Lunatic asylums in Bengal annual reports 1912-1924 - 1912-1924
Year: 1912
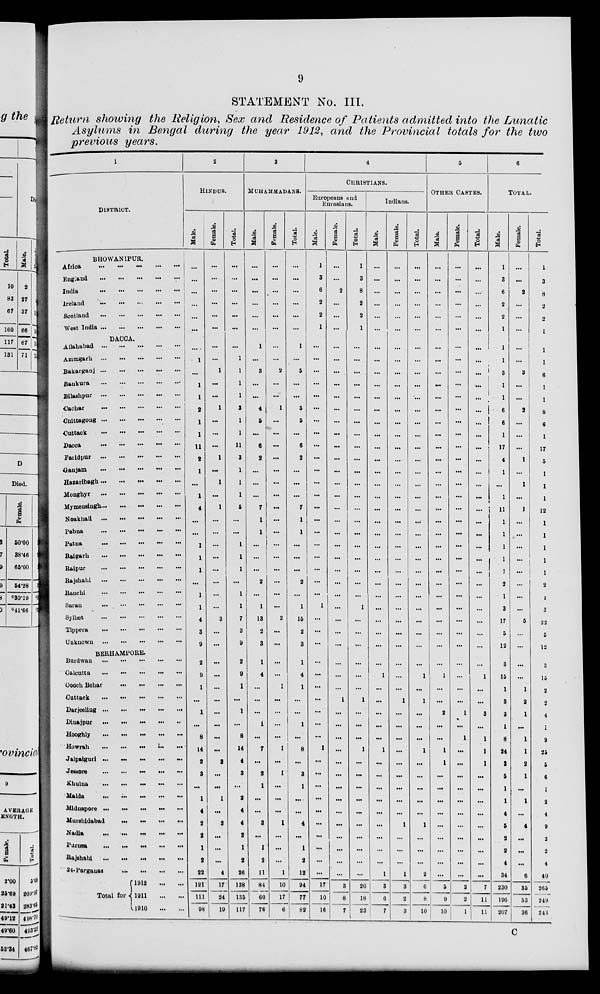
9
STATEMENT No. III.
Return showing the Religion, Sex and Residence of Patients admitted into the Lunatic
Asylums in Bengal during the year 1912, and the Provincial totals for the two
previous years.
1
DISTRICT.
BHOWANIPUR.
Africa
...
...
...
...
...
England
...
...
...
...
...
India
...
...
...
...
...
Ireland
...
...
...
...
...
Scotland
...
...
...
...
...
West India
...
...
...
...
...
DACCA.
Allahabad
...
...
...
...
...
Azimgarh
...
...
...
...
...
Bakarganj
...
...
...
...
...
Bankura
...
...
...
...
...
Bilashpur
...
...
...
...
...
Cachar ... ... ... ... ...
Cnittagong
...
...
...
...
...
Cuttack
...
...
...
...
...
Dacca
...
...
...
...
...
Faridpur
...
...
...
...
...
Gaujam
...
...
...
...
...
Hazaribagh ... ... ... ... ...
Monghyr
...
...
...
...
...
Mymensingh
...
...
...
...
...
Noakhali
...
...
...
...
...
Pabna
...
...
...
...
...
Patna
...
...
...
...
...
Raigarh
...
...
...
...
...
Raipur
...
...
...
...
...
Rajshahi
...
...
...
...
...
Ranchi
...
...
...
...
...
Saran
...
...
...
...
...
Sylhet
...
...
...
...
...
Tippera
...
...
...
...
...
Unknown
...
...
...
...
...
BERHAMPORE.
Burdwan
...
...
...
...
...
Calcutta
...
...
...
...
...
Cooch Behar
...
...
...
...
...
Cuttack
...
...
...
...
...
Darjeeling
...
...
...
...
...
Dinajpur
...
...
...
...
...
Hooghly
...
...
...
...
...
Howrah ... ... ... ... ...
Jalpaiguri
...
...
...
...
...
Jessore
...
...
...
...
...
Khulna
...
...
...
...
...
Malda
...
...
...
...
...
Midnapore
...
...
...
...
...
Murahidabad
...
...
...
...
...
Nadia
...
...
...
...
...
Purnea
...
...
...
...
...
Rajahahi
...
...
...
...
...
24-Pargauas
...
...
...
...
...
Total for
1912
1911
1910
2
HINDUS.
Male.
...
...
...
...
...
...
...
1
...
1
1
3
1
1
11
2
1
...
1
4
...
...
1
1
1
...
1
1
4
3
9
2
9
1
...
1
...
8
14
2
3
...
1
4
2
2
1
2
22
121
111
98
Female.
...
...
...
...
...
...
...
...
1
...
...
1
...
...
...
1
...
1
...
1
...
...
...
...
...
...
...
...
3
...
...
...
...
...
...
...
...
...
...
2
...
...
1
...
2
...
...
...
4
17
24
19
Total.
...
...
...
...
...
...
...
1
1
1
1
3
1
1
11
3
1
1
1
5
...
...
1
1
1
...
1
1
7
3
9
2
9
1
...
1
...
8
14
4
3
...
2
4
4
2
1
2
26
138
135
117
3
MUHAMMADANS.
Male.
...
...
...
...
...
...
1
...
3
...
...
4
5
...
6
2
...
...
...
7
1
1
...
...
...
2
...
1
13
2
3
1
4
...
...
...
1
...
7
...
2
1
...
...
3
...
1
2
11
84
60
76
Female.
...
...
...
...
...
...
...
...
2
...
...
1
...
...
...
...
...
...
...
...
...
...
...
...
...
...
...
...
2
...
...
...
...
1
...
...
...
...
1
...
1
...
...
...
1
...
...
...
1
10
17
6
Total.
...
...
...
...
...
...
1
...
5
...
...
5
5
...
6
2
...
...
...
7
1
1
...
...
...
2
...
1
15
2
3
1
4
1
...
...
1
...
8
...
3
1
...
...
4
...
1
2
12
94
77
82
4
CHRISTIANS.
Europeans find
Eurasians.
Male.
1
3
6
2
2
1
...
...
...
...
...
...
...
...
...
...
...
...
...
...
...
...
...
...
...
...
...
1
...
...
...
...
...
...
...
...
...
...
1
...
...
...
...
...
...
...
...
...
...
17
10
16
Female.
...
...
2
...
...
...
...
...
...
...
...
...
...
...
...
...
...
...
...
...
...
...
...
...
...
...
...
...
...
...
...
...
...
...
1
...
...
...
...
...
...
...
...
...
...
...
...
...
...
3
8
7
Total.
1
3
8
2
2
1
...
...
...
...
...
...
...
...
...
...
...
...
...
...
...
...
...
...
...
...
...
1
...
...
...
...
...
...
1
...
...
...
1
...
...
...
...
...
...
...
...
...
...
20
18
33
Indians.
Male.
...
...
...
...
...
...
...
...
...
...
...
...
...
...
...
...
...
...
...
...
...
...
...
...
...
...
...
...
...
...
...
...
1
...
...
...
...
...
1
...
...
...
...
...
...
...
...
...
1
3
6
7
Female.
...
...
...
...
...
...
...
...
...
...
...
...
...
...
...
...
...
...
...
...
...
...
...
...
...
...
...
...
...
...
...
...
...
...
1
...
...
...
...
...
...
...
...
...
1
...
...
...
1
3
2
3
Total.
...
...
...
...
...
...
...
...
...
...
...
...
...
...
...
...
...
...
...
...
...
...
...
...
...
...
...
...
...
...
...
...
1
...
1
...
...
...
1
...
...
...
...
...
1
...
...
...
2
6
8
10
5
OTHER CASTES.
Male.
...
...
...
...
...
...
...
...
...
...
...
...
...
...
...
...
...
...
...
...
...
...
...
...
...
...
...
...
...
...
...
...
1
...
...
2
...
...
1
1
...
...
...
...
...
...
...
...
...
5
9
10
Female.
...
...
...
...
...
...
...
...
...
...
...
...
...
...
...
...
...
...
...
...
...
...
...
...
...
...
...
...
...
...
...
...
...
...
...
1
...
1
...
...
...
...
...
...
...
...
...
...
...
2
2
1
Total.
...
...
...
...
...
...
...
...
...
...
...
...
...
...
...
...
...
...
...
...
...
...
...
...
...
...
...
...
...
...
...
...
1
...
...
3
...
1
1
1
...
...
...
...
...
...
...
...
...
7
11
11
6
TOTAL.
Male.
1
3
6
2
2
1
1
1
3
1
1
6
6
1
17
4
1
...
1
11
1
1
1
1
1
2
1
3
17
5
12
3
15
1
3
3
1
8
24
3
5
1
1
4
5
2
2
4
34
230
196
207
Female.
...
...
2
...
...
...
...
...
3
...
...
2
...
...
...
1
...
1
...
1
...
...
...
...
...
...
...
...
5
...
...
...
...
1
2
1
...
1
1
2
1
...
1
...
4
...
...
...
6
35
53
36
Total.
1
3
8
2
2
1
1
1
6
1
1
8
6
1
17
5
1
1
1
12
1
1
1
1
1
2
1
3
22
5
12
3
15
2
2
4
1
9
25
5
6
1
2
4
9
2
2
4
40
265
249
243
C